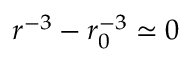
r ^ { - 3 } - r _ { 0 } ^ { - 3 } \simeq 0